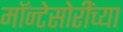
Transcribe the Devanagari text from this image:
मॉन्टेसोरींच्या